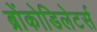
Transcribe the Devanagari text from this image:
ब्रोंकोडिलेटर्स